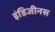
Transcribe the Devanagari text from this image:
इंडिजीनस